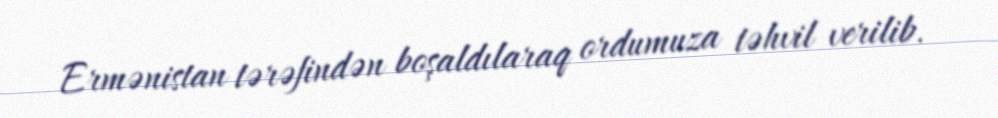
Ermənistan tərəfindən boşaldılaraq ordumuza təhvil verilib.